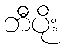
ဘီပိုး